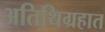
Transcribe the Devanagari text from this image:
अतिथिग्रहात